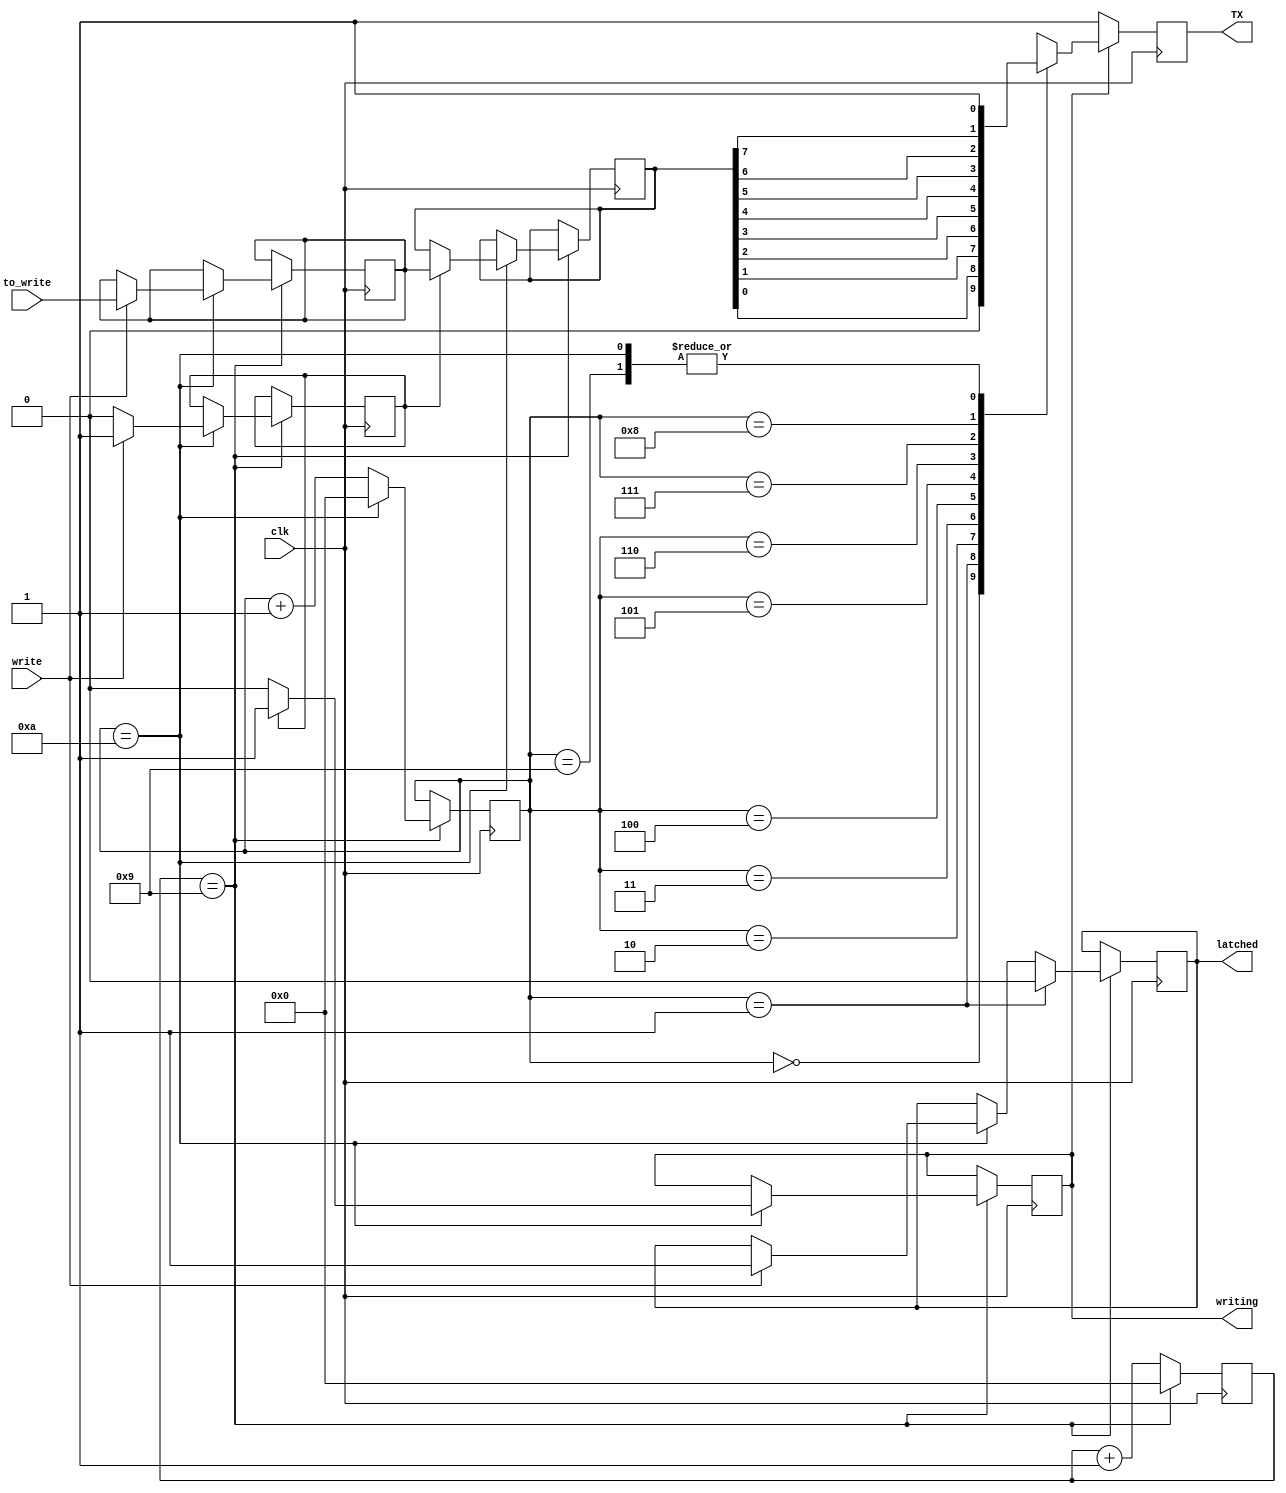
/*
	parameter integer BAUD_RATE = 9600;
	parameter integer CLOCK_FREQ_HZ = 12000000;
	localparam integer PERIOD = CLOCK_FREQ_HZ / BAUD_RATE;

	rs232_send #(
		.PERIOD(PERIOD)
	) send (
		.clk  (clk ),
		.TX   (TX  ),
		.LED1 (LED1),
		.LED2 (LED2),
		.LED3 (LED3),
		.LED4 (LED4),
		.LED5 (LED5)
	);
*/
module uart_tx #(
	parameter integer PERIOD = 10  // clock cycles per bit
) (
	input  clk,  // clock
	input write,  // assert that data is ready to write
	input [7:0] to_write,  // byte to write
	output reg writing,  // is port currently writing
	output reg latched,  // is data latched
	output TX
);

	reg [$clog2(PERIOD):0] cycle_cnt = 0;  // clock cycle counter
	reg [4:0] bit_cnt = 0;  // bit counter
	reg [7:0] current_byte = 8'hFF;
	reg current_bit = 1'b1;
	reg [7:0] next_byte;
	reg next_ready = 0;

	initial begin
		writing = 0;
		latched = 0;
	end

	always @(posedge clk) begin
		cycle_cnt <= cycle_cnt + 1;  // count clock cycles per bit period
		if (cycle_cnt == PERIOD-1) begin
			cycle_cnt <= 0;
			bit_cnt <= bit_cnt + 1;
			if (bit_cnt == 10) begin
				bit_cnt <= 0;
				if (next_ready) begin
					current_byte <= next_byte;
					writing <= 1;
				end else begin
					writing <= 0;
				end
				if (write) begin
					next_byte <= to_write;
					next_ready <= 1;
					latched <= 1;
				end else begin
					next_ready <= 0;
				end
			end
			if (bit_cnt == 1) begin
				latched <= 0;
			end
		end
	end

	always @(posedge clk) begin
		current_bit = 'bx;
		case (bit_cnt)
			0: current_bit <= 0; // start bit
			1: current_bit <= current_byte[0];
			2: current_bit <= current_byte[1];
			3: current_bit <= current_byte[2];
			4: current_bit <= current_byte[3];
			5: current_bit <= current_byte[4];
			6: current_bit <= current_byte[5];
			7: current_bit <= current_byte[6];
			8: current_bit <= current_byte[7];
			9: current_bit <= 1;  // stop bit
			10: current_bit <= 1; // stop bit
		endcase
		if (!writing) begin
			current_bit <= 1;
		end
	end

	assign TX = current_bit;
endmodule